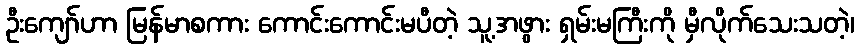
ဦးကျော်ဟာ မြန်မာစကား ကောင်းကောင်းမပီတဲ့ သူ့အဖွား ရှမ်းမကြီးကို မှီလိုက်သေးသတဲ့၊